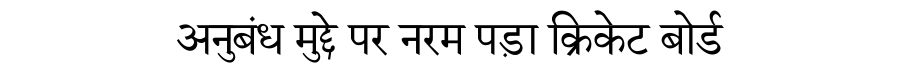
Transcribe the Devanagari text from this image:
अनुबंध मुद्दे पर नरम पड़ा क्रिकेट बोर्ड